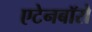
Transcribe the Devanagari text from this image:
एटेनबॉरो